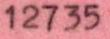
12735